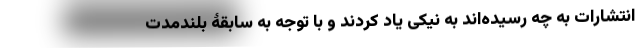
انتشارات به چه رسیده‌اند به نیکی یاد کردند و با توجه به سابقۀ بلندمدت